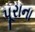
પૂરાના